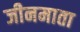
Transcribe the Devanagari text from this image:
जीनमाता